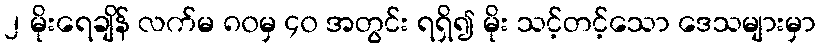
၂ မိုးရေချိန် လက်မ ၈၀မှ ၄၀ အတွင်း ရရှိ၍ မိုး သင့်တင့်သော ဒေသများမှာ